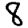
Digit: 8